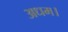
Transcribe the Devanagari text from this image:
अधम।